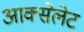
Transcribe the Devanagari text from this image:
आक्सेलेट